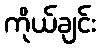
ကိုယ်ချင်း